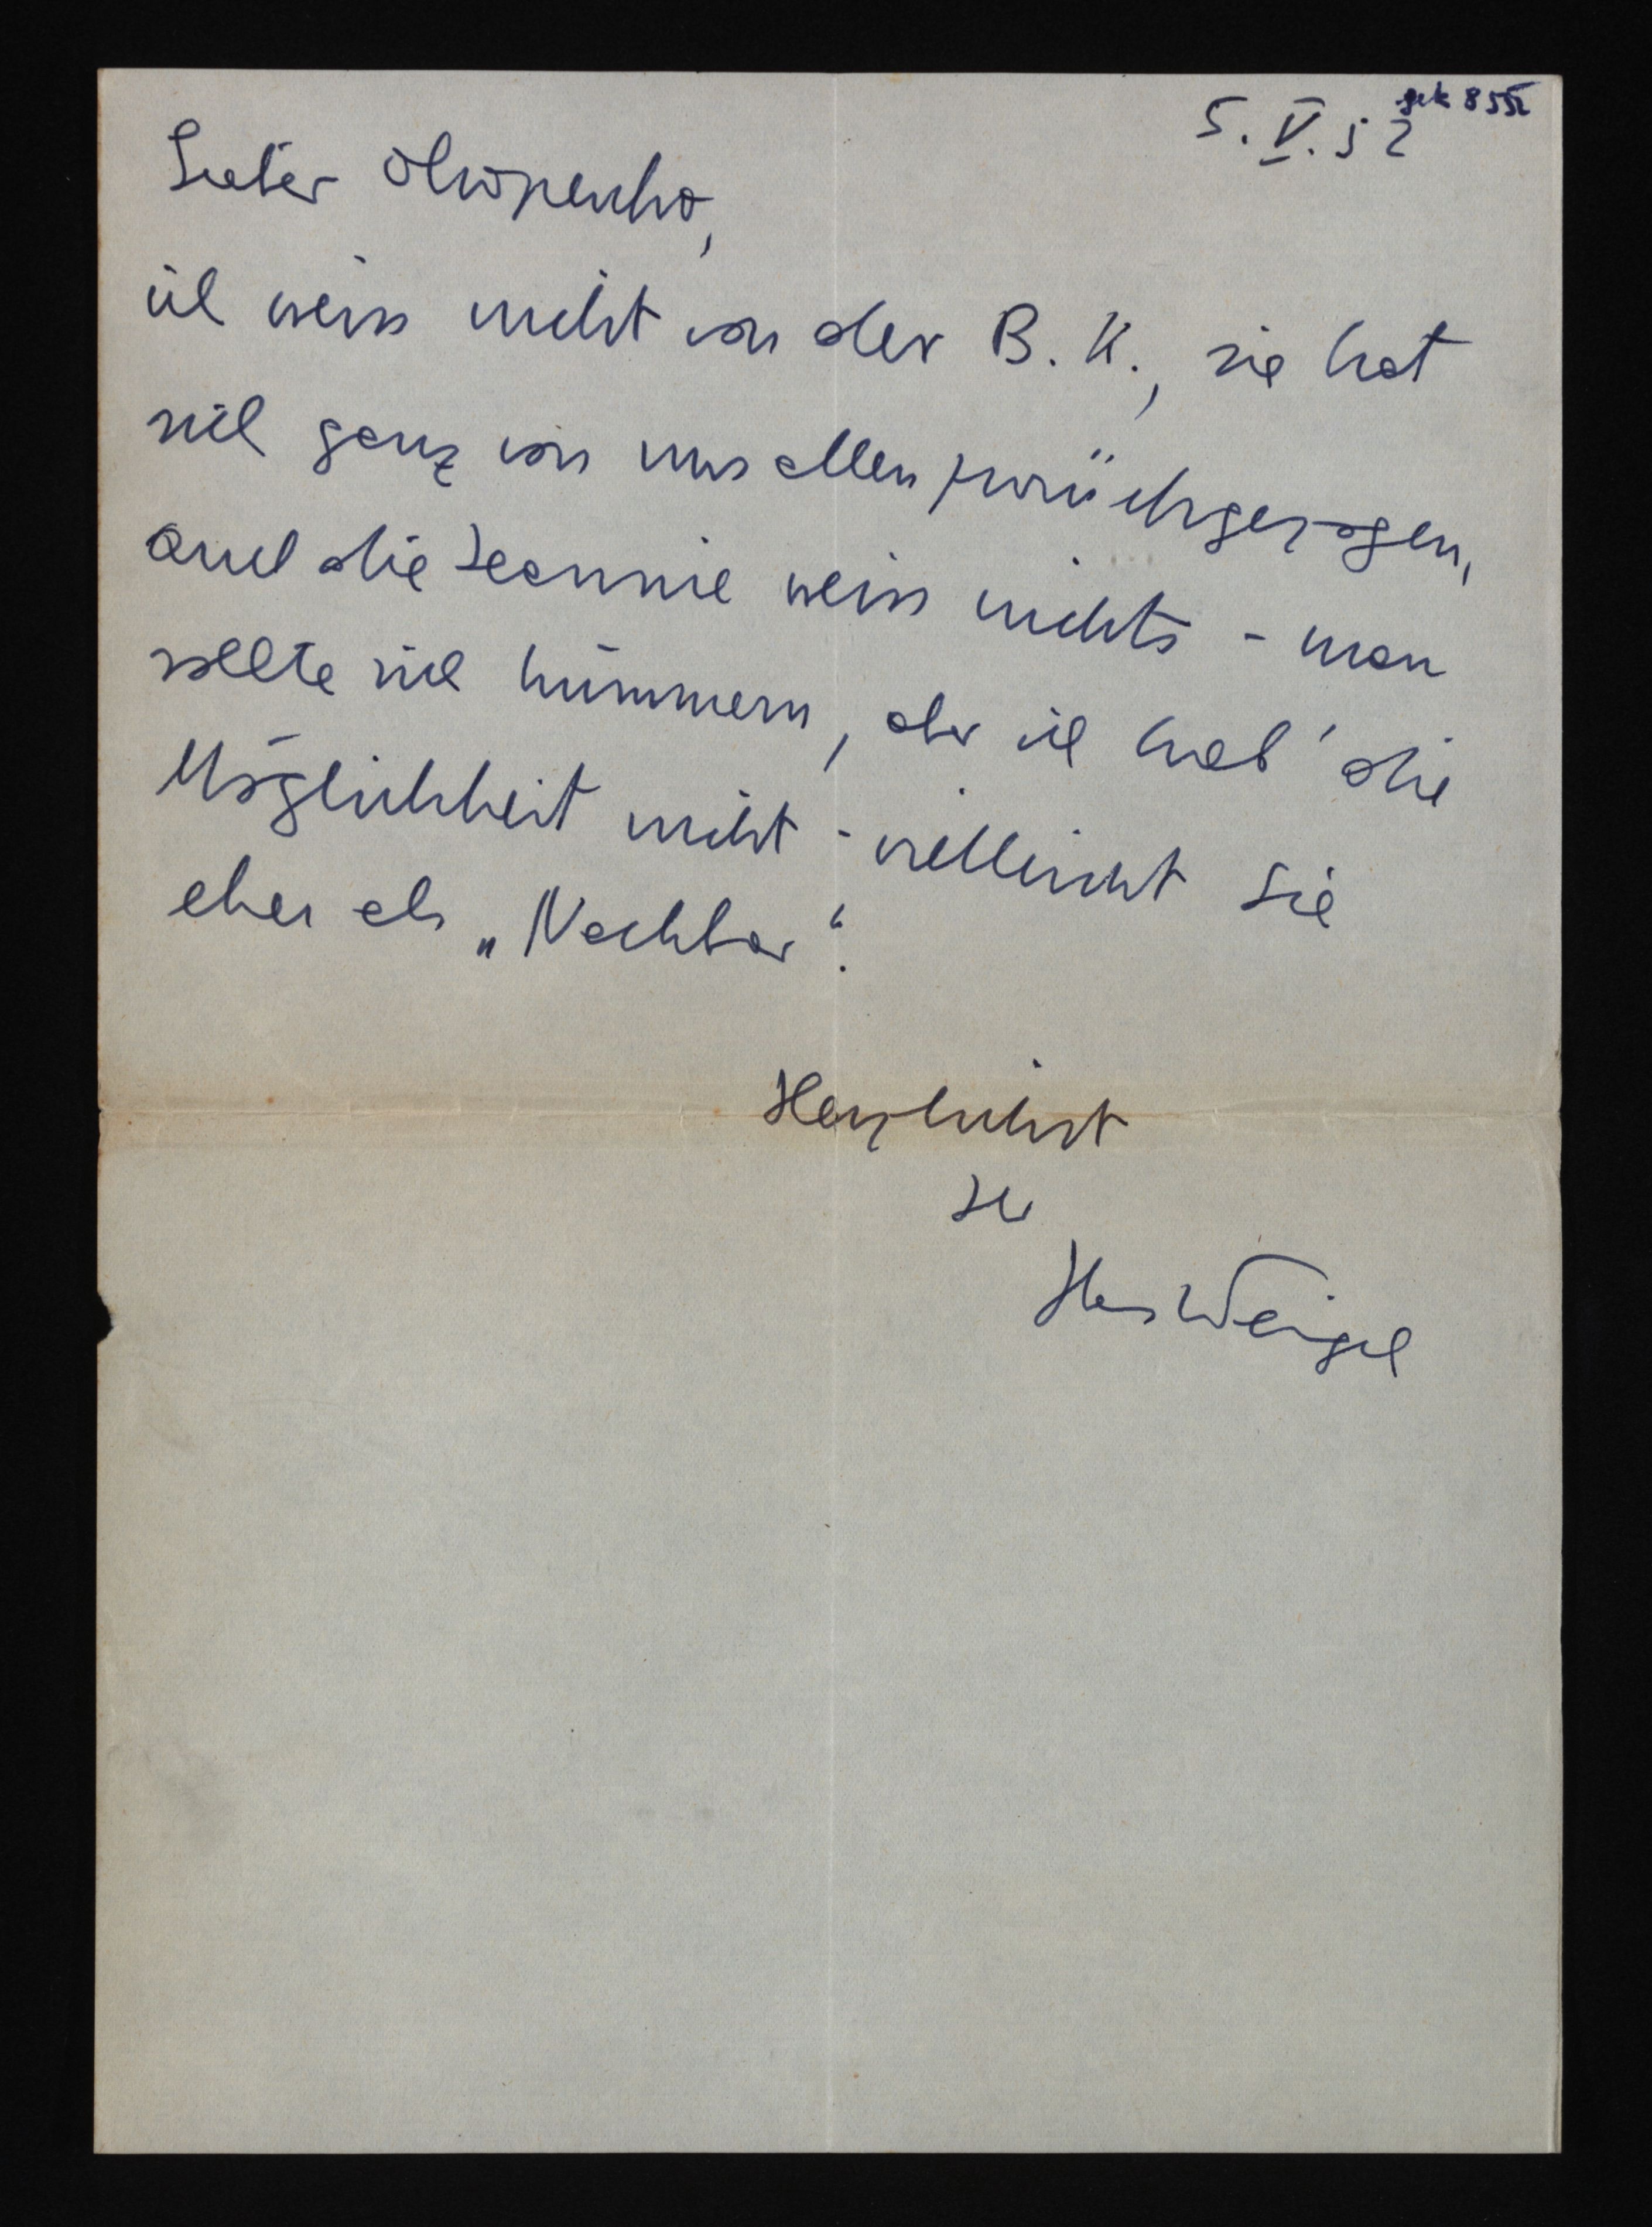
gek 8 5 52
5.V.52
Lieber Okopenko,
ich weiss nicht von der B. K., sie hat
sich ganz von uns allen zurückgezogen,
auch die Jeannie weiss nichts - man
sollte sich kümmern, aber ich hab' die
Möglichkeit nicht - vielleicht Sie
eher als "Nachbar".
Herzlichst
Ihr
Hans Weigel